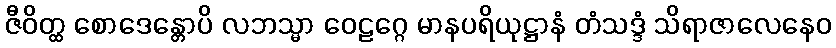
ဇီဝိတ္ထ စောဒေန္တောပိ လဘသ္မာ ဝေဠဂ္ဂေ မာနပရိယုဋ္ဌာနံ တံသဒ္ဒံ သိရာဇာလေနေဝ